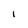
Character: l